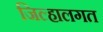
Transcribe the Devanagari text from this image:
जिल्हालगत